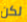
لكن